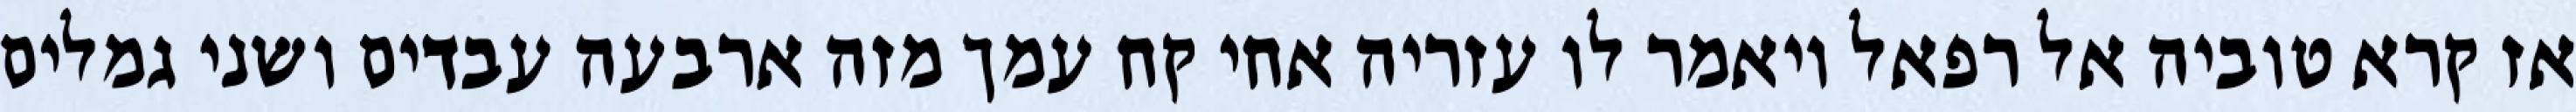
אז קרא טוביה אל רפאל ויאמר לו עזריה אחי קח עמך מזה ארבעה עבדים ושני גמלים